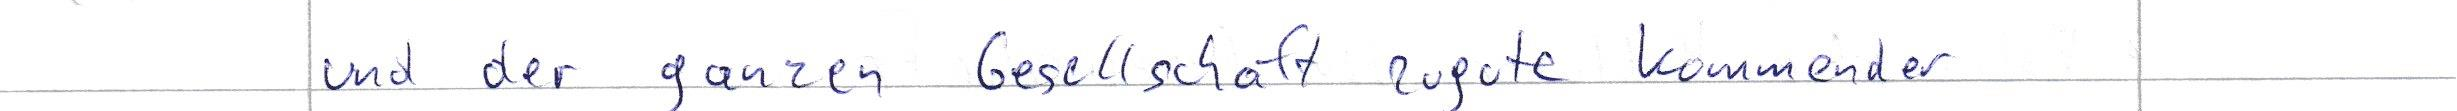
und der ganzen Gesellschaft zugute kommender